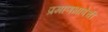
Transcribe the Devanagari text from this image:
प्रमाणभाषेची